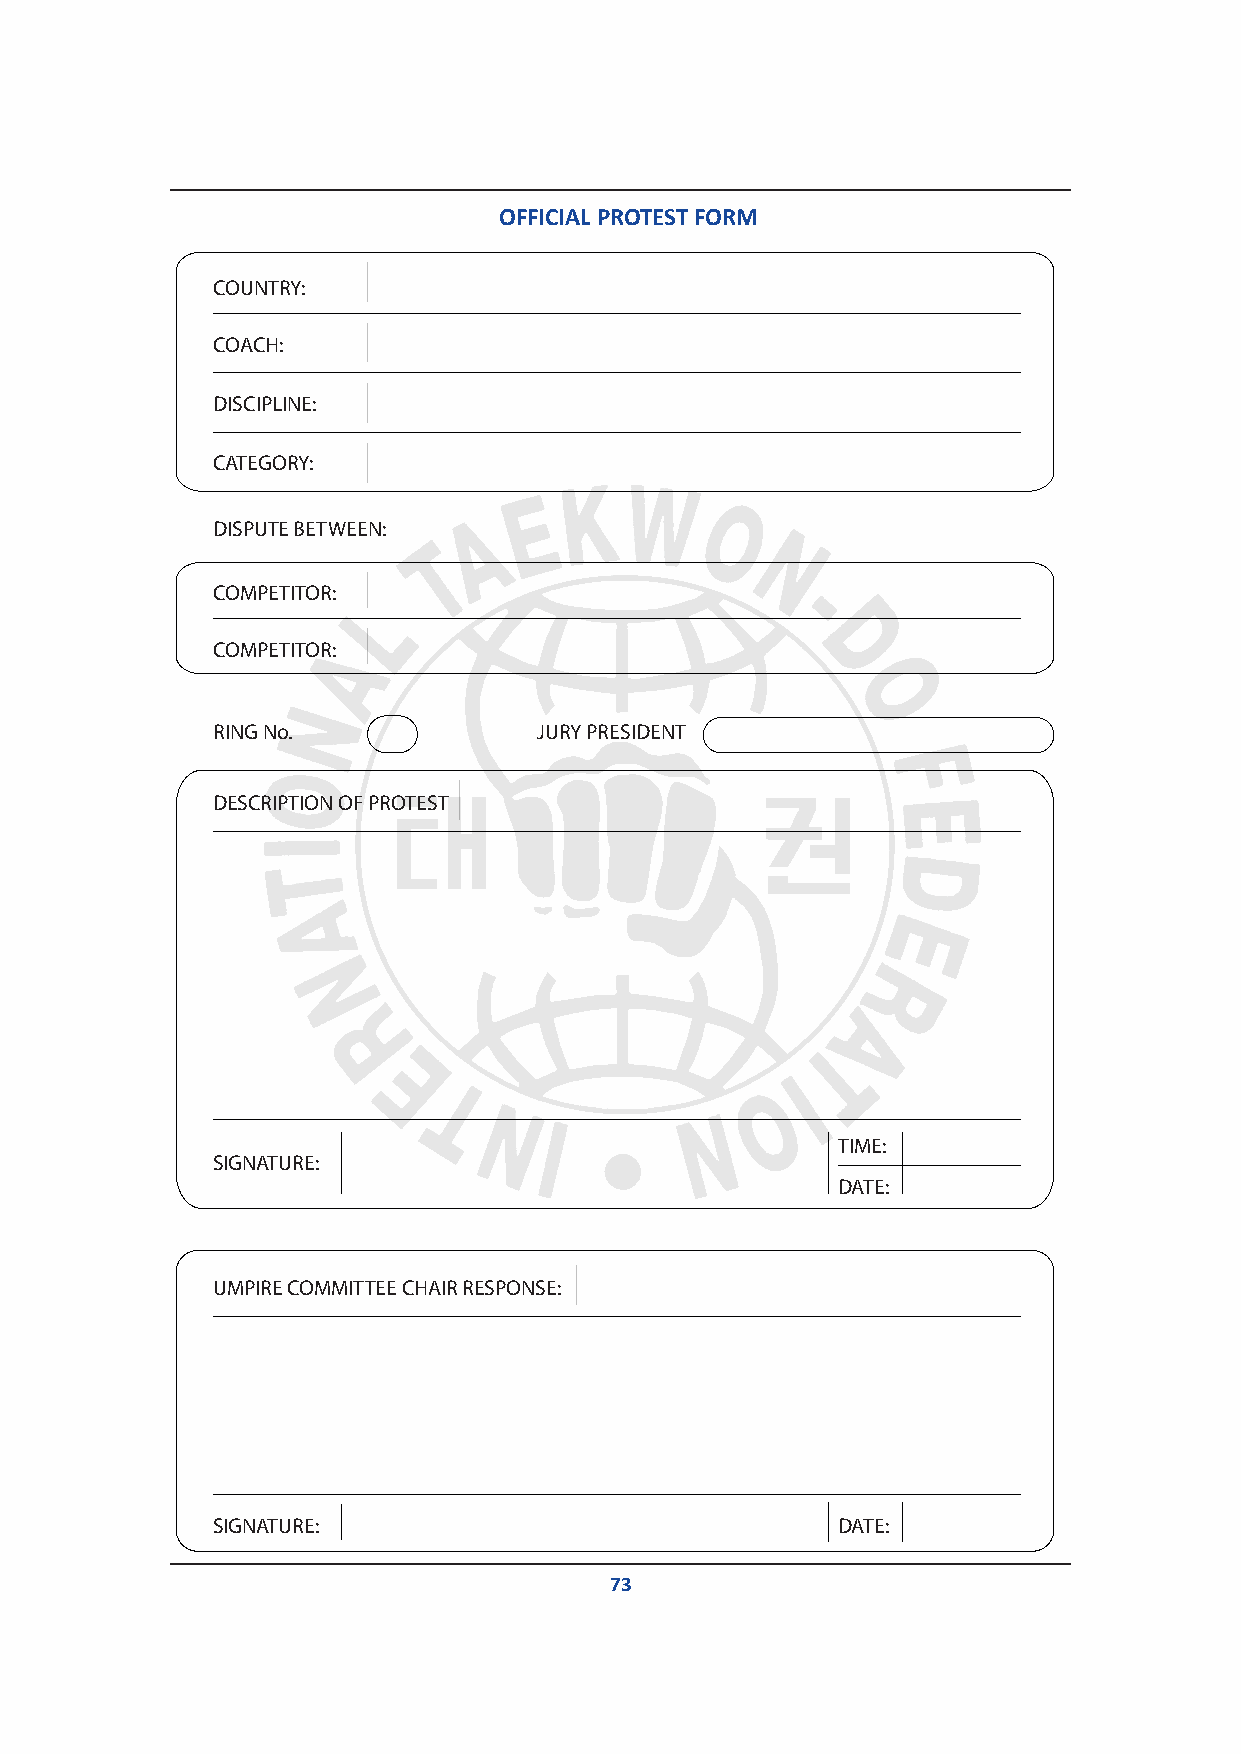
OFFICOIAFFLI CPIRALO PTREOSTTE FSOTRM
 COUNTRY:
 COACH:
 DISCIPLINE:
 CATEGORY:
 DISPUTE BETWEEN:
 COMPETITOR:
 COMPETITOR:
 RING No.              JURY PRESIDENT
 DESCRIPTION OF PROTEST
 TIME:
 SIGNATURE:
 DATE:
 UMPIRE COMMITTEE CHAIR RESPONSE:
 SIGNATURE:                               DATE:
 73